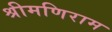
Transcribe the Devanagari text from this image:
श्रीमणिराम